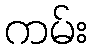
ကမ်း